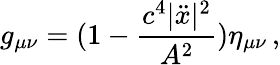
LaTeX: g_{\mu\nu}=(1-\frac{c^{4}|\ddot{x}|^{2}}{A^{2}})\eta_{\mu\nu}\, {,}